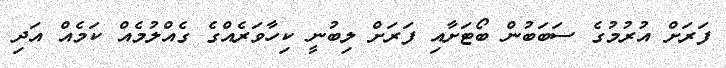
ފަރަށް އުރުމުގެ ސަބަބުން ބޯޓަށާއި ފަރަށް ލިބުނީ ކިހާވަރެއްގެ ގެއްލުމެއް ކަމެއް އަދި